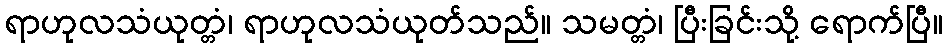
ရာဟုလသံယုတ္တံ၊ ရာဟုလသံယုတ်သည်။ သမတ္တံ၊ ပြီးခြင်းသို့ ရောက်ပြီ။